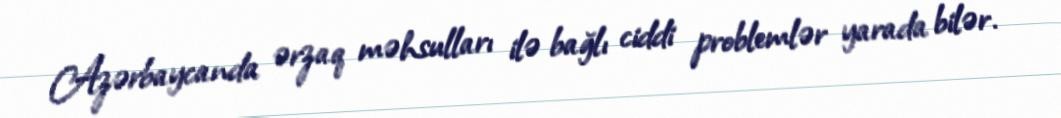
Azərbaycanda ərzaq məhsulları ilə bağlı ciddi problemlər yarada bilər.